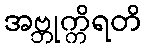
အဗ္ဘုက္ကိရတိ